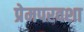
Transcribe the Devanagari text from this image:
प्रेमपरवशा